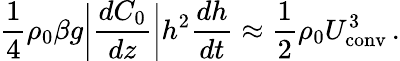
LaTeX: \frac{1}{4}\rho_{0}\beta g\bigg|\frac{dC_{0}}{dz}\bigg|h^{2}\frac{dh}{dt}\approx\frac{1}{2}\rho_{0}U_{\mathrm{conv}}^{3}\, .